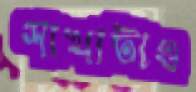
শাখাটাও